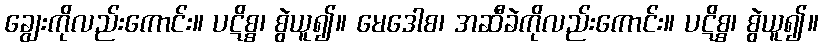
ချွေးကိုလည်းကောင်း။ ပဋိစ္စ၊ စွဲယူ၍။ မေဒေါစ၊ အဆီခဲကိုလည်းကောင်း။ ပဋိစ္စ၊ စွဲယူ၍။